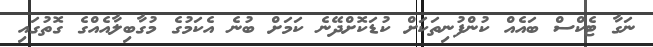
ނަގާ ޓެކްސް ބައެއް ކުންފުނިތަކަށް ކުޑަކޮށްދޭނެ ކަމަށް ބުނެ އެކަމުގެ މުގާބިލާއެއްގެ ގޮތުގައި